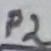
Text: P2